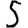
Digit: 5